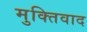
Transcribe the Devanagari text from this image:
मुक्तिवाद